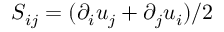
S _ { i j } = ( \partial _ { i } u _ { j } + \partial _ { j } u _ { i } ) / 2